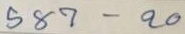
587 - 20